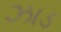
ઝાડ